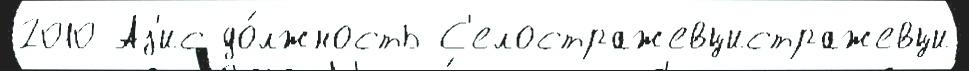
2010 Аз'ис до́лжность С'елостражевцистражевци